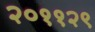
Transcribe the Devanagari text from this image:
२०११२९